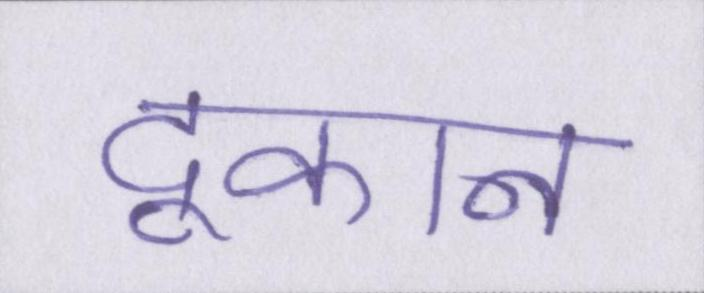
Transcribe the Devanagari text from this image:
दूकान